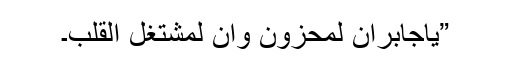
”یاجابران لَمَحْزُون وانِّ لمُشْتّغِلُ القَلْبِ۔